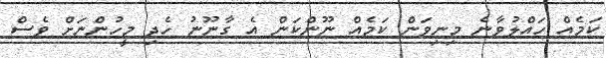
ކަމެއް ހައްލުވާނެ މިނިވަން ކަމެއް ނޫންކަން އެ ގާނޫނު ހެދި މީހުންނަށް ވެސް